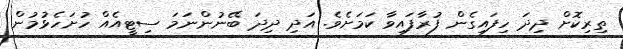
ތިރިކޮށް ދިދަ ހިފައިގެން ފުރާފައިވާ ކަމަށެވެ. އަދި ދިދަ ބޭނުންނަމަ ސިޓީއެއް ހުށަހެޅުމުން